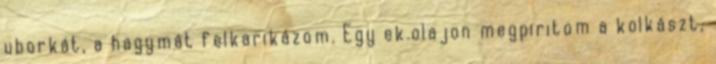
uborkát, a hagymát felkarikázom. Egy ek.olajon megpiritom a kolkászt,